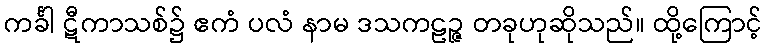
ကင်္ခါ ဋီကာသစ်၌ ဧကံ ပလံ နာမ ဒသကဠဉ္ဇ တခုဟုဆိုသည်။ ထို့ကြောင့်